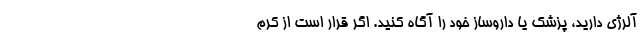
آلرژی دارید، پزشک یا داروساز خود را آگاه کنید. اگر قرار است از کرم